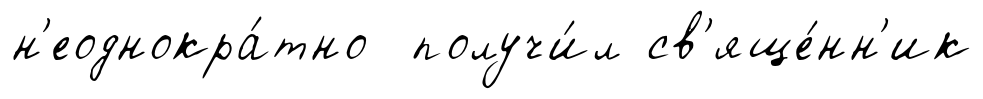
н'еоднокра́тно получи́л св'яще́нн'ик